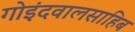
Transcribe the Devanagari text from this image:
गोइंदवालसाहिब